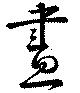
昼